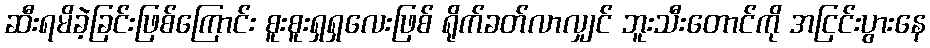
ဆီးရမိခဲ့ခြင်းဖြစ်ကြောင်း စူးစူးရှရှလေးဖြစ် ရိုက်ခတ်လာလျှင် ဘူးသီးတောင်ကို အငြင်းပွားနေ